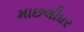
માછલીઘર